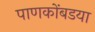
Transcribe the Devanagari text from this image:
पाणकोंबडया